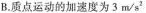
B.质点运动的加速度为3 m/s^{2}